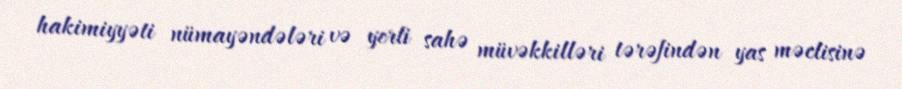
hakimiyyəti nümayəndələri və yerli sahə müvəkkilləri tərəfindən yas məclisinə